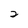
Character: 2